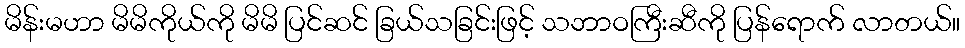
မိန်းမဟာ မိမိကိုယ်ကို မိမိ ပြင်ဆင် ခြယ်သခြင်းဖြင့် သဘာဝကြီးဆီကို ပြန်ရောက် လာတယ်။